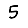
Digit: 5